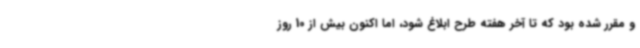
و مقرر شده بود که تا آخر هفته طرح ابلاغ شود، اما اکنون بیش از 10 روز